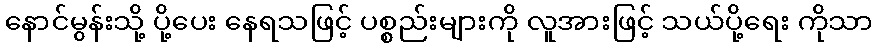
နောင်မွန်းသို့ ပို့ပေး နေရသဖြင့် ပစ္စည်းများကို လူအားဖြင့် သယ်ပို့ရေး ကိုသာ